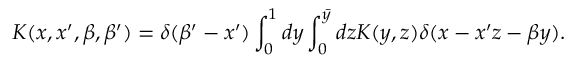
K ( x , x ^ { \prime } , \beta , \beta ^ { \prime } ) = \delta ( \beta ^ { \prime } - x ^ { \prime } ) \int _ { 0 } ^ { 1 } d y \int _ { 0 } ^ { \bar { y } } d z { \cal K } ( y , z ) \delta ( x - x ^ { \prime } z - \beta y ) .